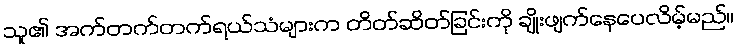
သူ၏ အက်တက်တက်ရယ်သံများက တိတ်ဆိတ်ခြင်းကို ချိုးဖျက်နေပေလိမ့်မည်။